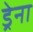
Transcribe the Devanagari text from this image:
ड्रेना